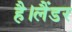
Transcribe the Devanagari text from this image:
है।लैंडर